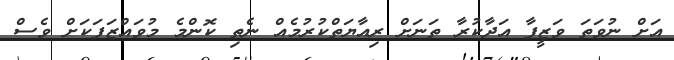
އަށް ނުވަތަ ވަޒީފާ އަދާކުރާ ތަނަށް ރިއާޔަތްކުރުމެއް ނެތި ކޮންމެ މުވައްޒަފަކަށް ވެސް